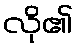
လို၏